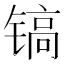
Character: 镐